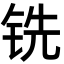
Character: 铣